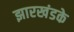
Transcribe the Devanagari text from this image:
झारखंडके